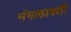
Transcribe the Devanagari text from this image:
मंगलावती